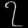
Digit: ၇